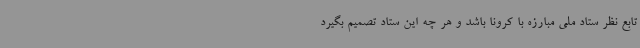
تابع نظر ستاد ملی مبارزه با کرونا باشد و هر چه این ستاد تصمیم بگیرد